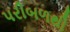
પરીબળથી